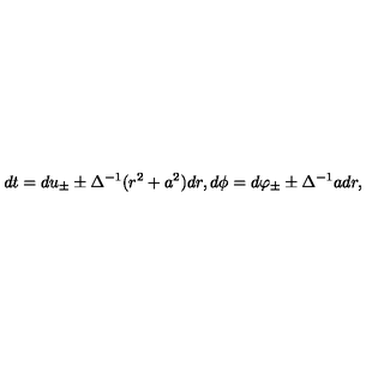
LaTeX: d t = d u _ { \pm } \pm \Delta ^ { - 1 } ( r ^ { 2 } + a ^ { 2 } ) d r , d \phi = d \varphi _ { \pm } \pm \Delta ^ { - 1 } a d r ,